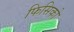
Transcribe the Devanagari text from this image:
फिसिको